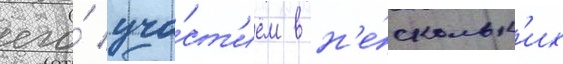
его́ уча́ст'ием в н'е́скольк'их